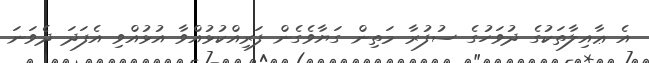
އެ ޢާއިލާތަކުގެ ދުވަހުގެ ސުފުރާ މަތިން ގަޔާވެގެން ފަރިއްކުޅުއްވާ އުޅުއްވި އެފަދަ ދެވަނަ